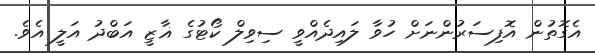
އެގޮތުން އޮފިސަރުންނަށް ހުވާ ލައިދެއްވީ ސިވިލް ކޯޓުގެ ޣާޒީ އަބްދު އަލީ އެވެ.